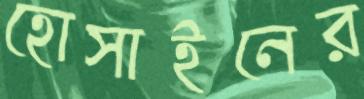
হোসাইনের